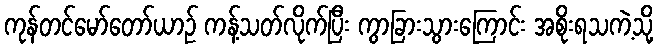
ကုန်တင်မော်တော်ယာဉ် ကန့်သတ်လိုက်ပြီး ကွာခြားသွားကြောင်း အစိုးရသကဲ့သို့